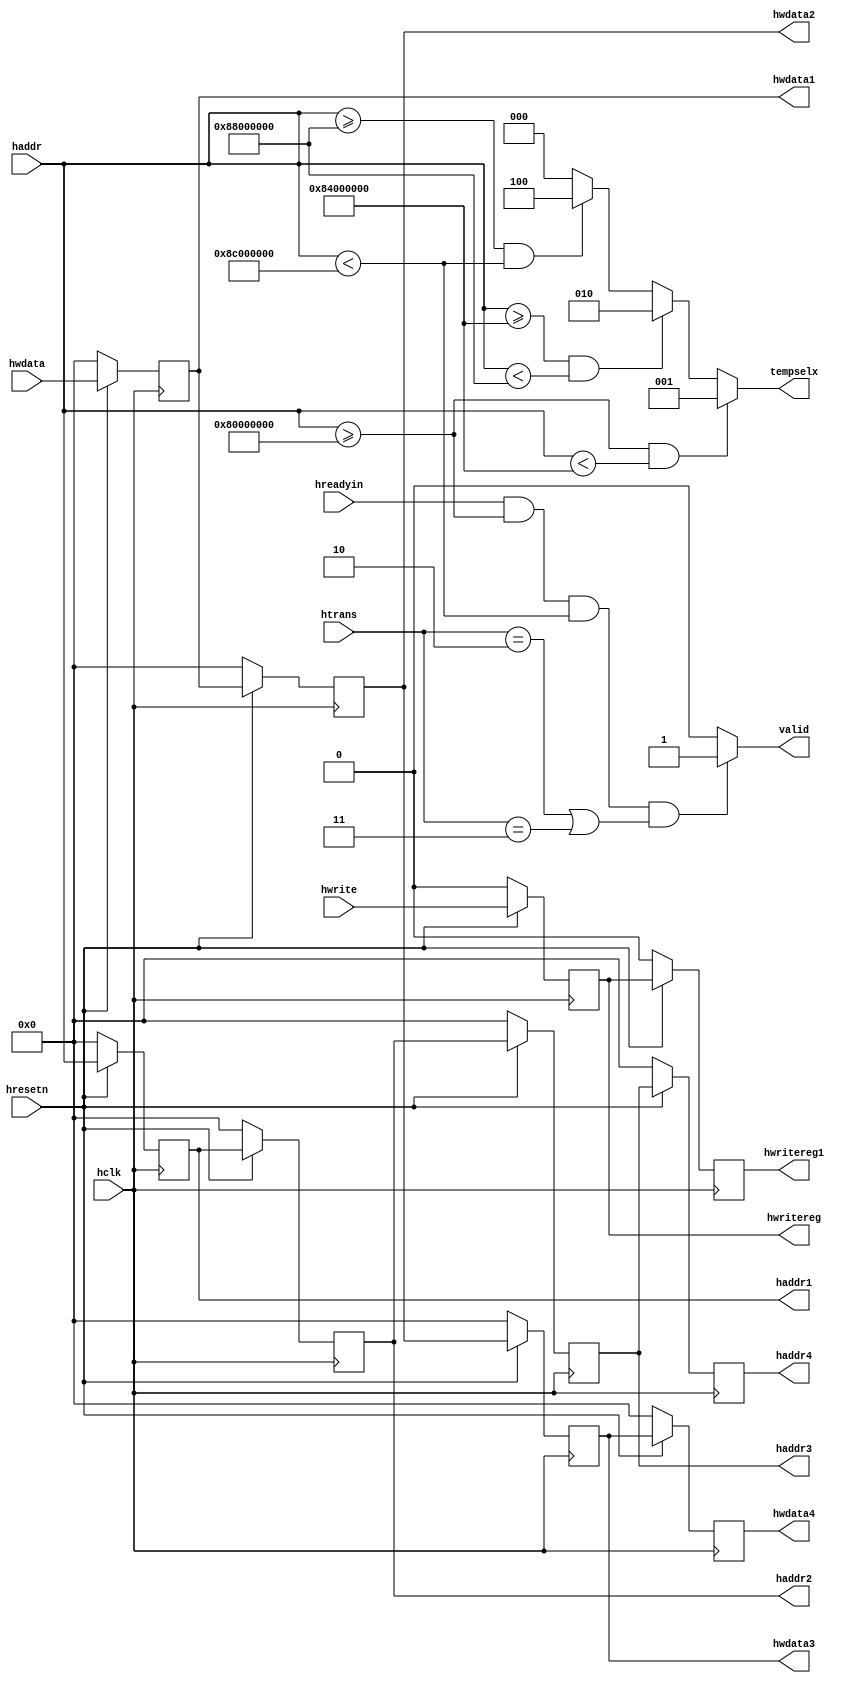
//RESPONSIBILITIES OF AHB_SLAVE MODULE
//ahb_slave have three responsibilities 
//i)   The valid transfer detection which is used to determine whena a valid transfer is accessing the slave
//ii)  The address and control registers, which are used to store the information from the address phase of the transfer for use in the dataphase
//iii) Address decoding to generate tempselx signal to select any peripherals.

module ahb_slave(hclk,hresetn,hwrite,hreadyin,htrans,haddr,hwdata,valid,haddr1,haddr2,haddr3,haddr4,hwdata1,hwdata2,hwdata3,hwdata4,hwritereg,hwritereg1,tempselx);


////////input ports//////////
input hclk,hresetn,hwrite,hreadyin;
input [1:0]htrans;
input [31:0]haddr,hwdata;///


///////output ports/////////
output reg valid,hwritereg,hwritereg1;
output reg [2:0]tempselx;
output reg [31:0] haddr1,haddr2,haddr3,haddr4,hwdata1,hwdata2,hwdata3,hwdata4;



//storing addresses in registers
always @(posedge hclk)
  begin
    if(!hresetn)
      begin
        haddr1<=0;
        haddr2<=0;
	haddr3<=0;
        haddr4<=0;
      end
    else
      begin
        haddr1<=haddr;
        haddr2<=haddr1;
	haddr3<=haddr2;
	 haddr4<=haddr3;
      end
  end
  
//storing data in registers
always @(posedge hclk)
  begin
    if(!hresetn)
      begin
        hwdata1<=0;
        hwdata2<=0;
	hwdata3<=0;
        hwdata4<=0;
      end
    else
      begin
        hwdata1<=hwdata;
        hwdata2<=hwdata1;
	hwdata3<=hwdata2;
        hwdata4<=hwdata3;
      end
  end

  //storing constrol signals in registers
always @(posedge hclk)
  begin
    if(!hresetn)
      begin
        hwritereg<=0;
        hwritereg1<=0; 
      end
    else
      begin
        hwritereg<=hwrite;
        hwritereg1<=hwritereg;
      end
  end


////////generating valid signal////////
///3 conditions for valid signal 
///i)hreadyin=1(indicates master ready to transfer)
//ii)address range between 8000_0000 and 8c00_0000
//iii)htrans should be either 10(non-seq transfer) or 11(seq transfer)
always @(*)
  begin
    valid=1'b0;
    if(hreadyin==1 && haddr>=32'h8000_0000 && haddr<32'h8c00_0000 && (htrans==2'b10 || htrans==2'b11))
      valid=1;
    else
      valid=0;
  end

////////generating tempselx signal///////
//3 peripherals are defined between 8000_0000 and 8c00_0000 coded with 3 bit hot encoding
always @(*)
  begin
    tempselx=3'b000;
    if(haddr>=32'h8000_0000 && haddr<32'h8400_0000)
      tempselx=3'b001;//peripheral 1(interrupt controller)
    else if(haddr>=32'h8400_0000 && haddr<32'h8800_0000)
      tempselx=3'b010;//peripheral 2(Counter timers)
    else if(haddr>=32'h8800_0000 && haddr<32'h8c00_0000)
      tempselx=3'b100;//peripheral 3(Remap and pause)
  end 
endmodule